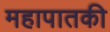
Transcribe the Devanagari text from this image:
महापातकी